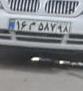
۱۶م۵۸۷۹۸